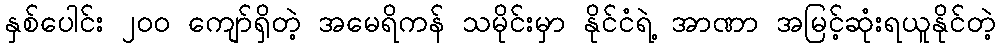
နှစ်ပေါင်း ၂၀၀ ကျော်ရှိတဲ့ အမေရိကန် သမိုင်းမှာ နိုင်ငံရဲ့ အာဏာ အမြင့်ဆုံးရယူနိုင်တဲ့